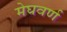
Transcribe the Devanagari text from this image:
मेघवर्ण